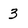
Character: 3